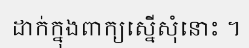
ដាក់ក្នុងពាក្យស្នើសុំនោះ ។